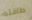
طاقته